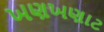
ખણખણાટ